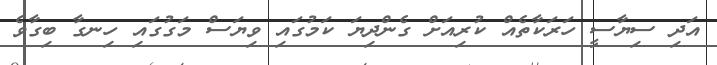
އަދި ސިޔާސީ ހަރަކާތެއް ކުރިއަށް ގެންދިޔަ ކަމުގައި ވިޔަސް މަގުގައި ހިނގާ ބިގާވެ